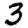
Digit: 3